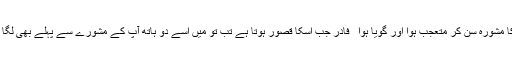
دہقانی پاری کا مشورہ سُن کر متعجب ہوا اور گویا ہوا ُ ُ فادر جب اسکا قصور ہوتا ہے تب تو میں اُسے دو ہاتھ آپ کے مشورے سے پہلے بھی لگا دیا کرتا ہوں ۔